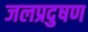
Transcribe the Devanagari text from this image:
जलप्रदुषण